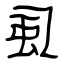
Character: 虱